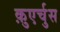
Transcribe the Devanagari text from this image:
क़ुएर्चुस